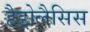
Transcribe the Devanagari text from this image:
हैड्रोलैसिस